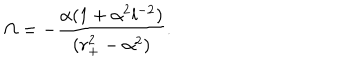
\Omega = - { \frac { \alpha ( 1 + \alpha ^ { 2 } l ^ { - 2 } ) } { ( r _ { + } ^ { 2 } - \alpha ^ { 2 } ) } } .